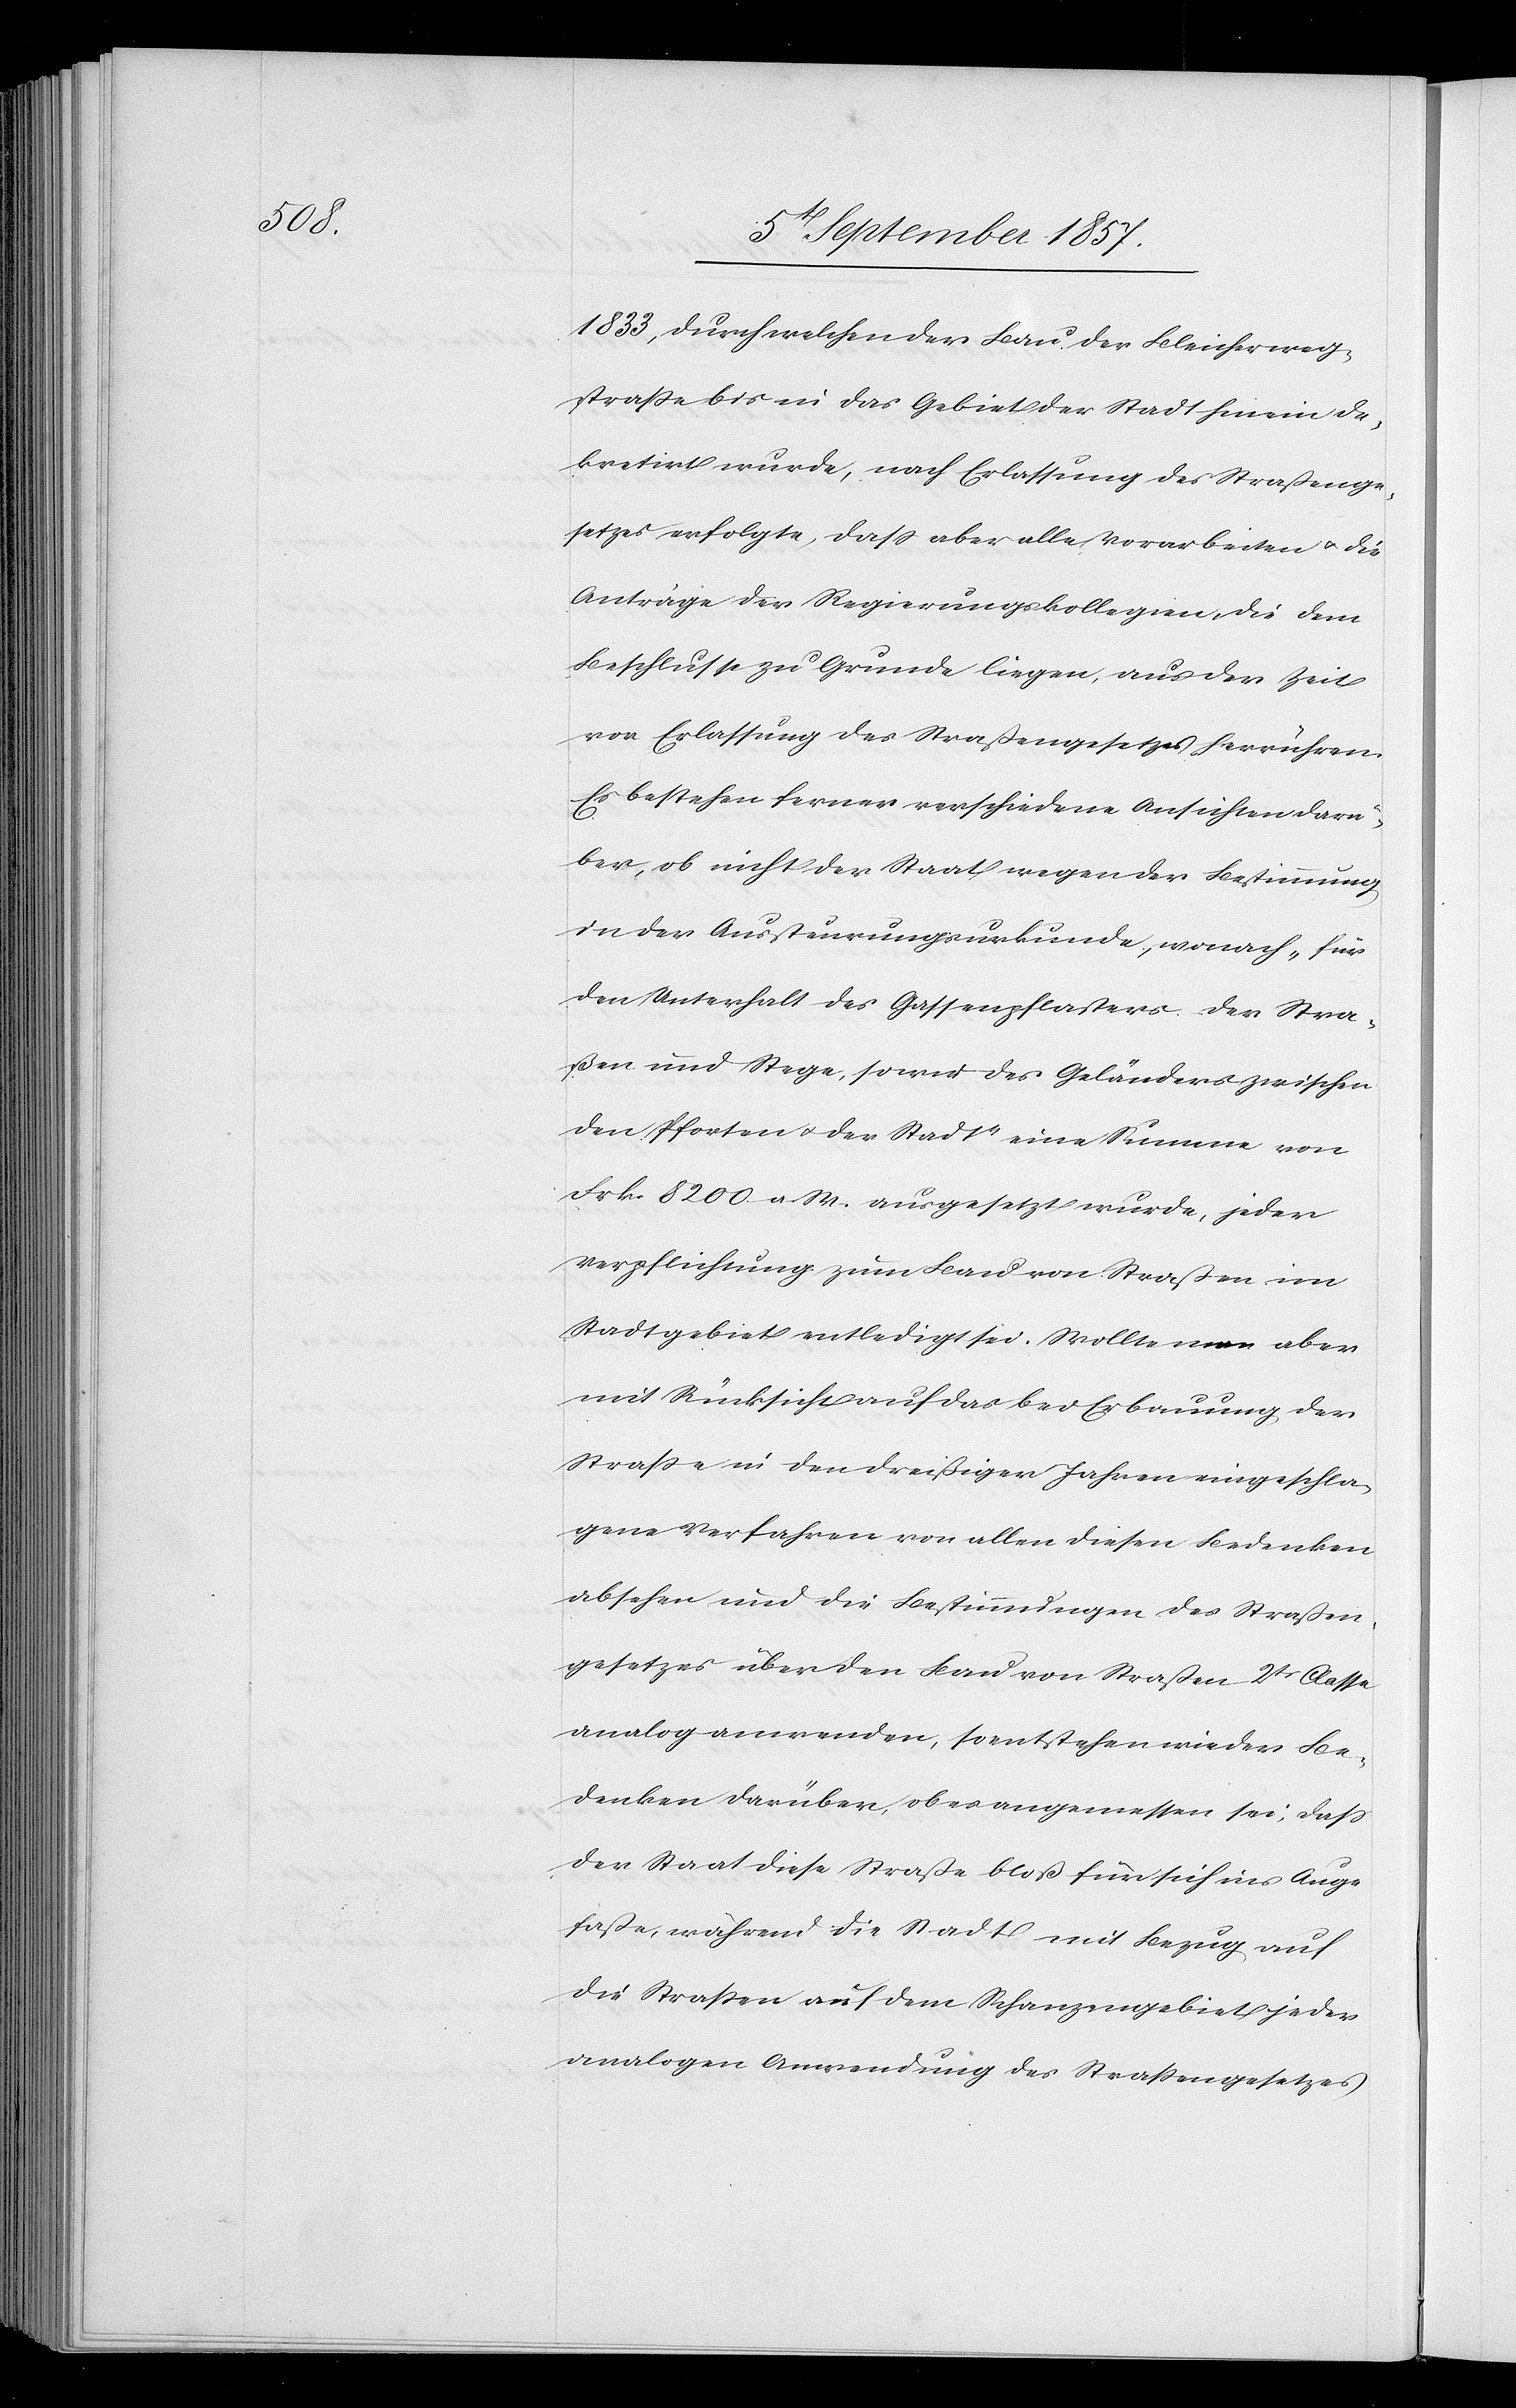
1833, durch welchen der Bau der Bleichweg¬
straße bis in das Gebiet der Stadt hinein de¬
kretirt wurde, nach Erlassung des Straßenge¬
setzes erfolgte, daß aber alle Vorarbeiten & die
Anträge der Regierungskollegien, die dem
Beschlusse zu Grunde liegen, aus der Zeit
vor Erlassung des Straßengesetzes herrühren.
Es bestehen ferner verschiedene Ansichten darü¬
ber, ob nicht der Staat wegen der Bestimmung
in der Austeuerungsurkunde, wonach, für
den Unterhalt des Gassenpflasters der Stra¬
ßen und Stege, sowie des Gebäudes zwischen
den Pforten & der Stadt eine Summe von
Frk. 8200 a. W. ausgesetzt wurde, jeder
Verpflichtung zum Bau von Straßen im
Stadtgebiet entledigt sei. Wollte man aber
mit Rücksichten auf das bei Erbauung der
Straße in den dreißiger Jahren eingeschla¬
gene Verfahren von allen diesen Bedenken
absehen und die Bestimmungen des Straßen¬
gesetzes über den Bau von Straßen 2tr Classe
analog anwenden, so entstehen wieder Be¬
denken darüber, ob es angemessen sei, daß
der Staat diese Straße bloß für sich ins Auge
faße, während die Stadt mit Bezug auf
die Straßen auf dem Schanzengebiet jeder
analogen Anwendung des Straßengesetzes